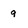
Character: 9